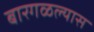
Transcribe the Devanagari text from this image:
बारगळल्यास